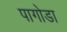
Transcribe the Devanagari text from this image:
पागोडा